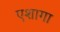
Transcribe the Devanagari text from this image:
एशागा